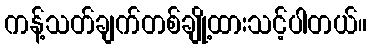
ကန့်သတ်ချက်တစ်ချို့ထားသင့်ပါတယ်။